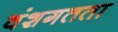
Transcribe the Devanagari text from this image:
वंशगतता